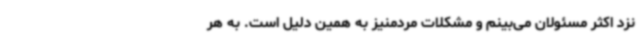
نزد اکثر مسئولان می‌بینم و مشکلات مردمنیز به همین دلیل است. به هر